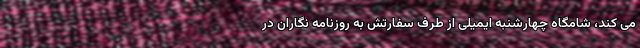
می کند، شامگاه چهارشنبه ایمیلی از طرف سفارتش به روزنامه نگاران در